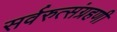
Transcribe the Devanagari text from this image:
सर्वरुत्संग्रहणी